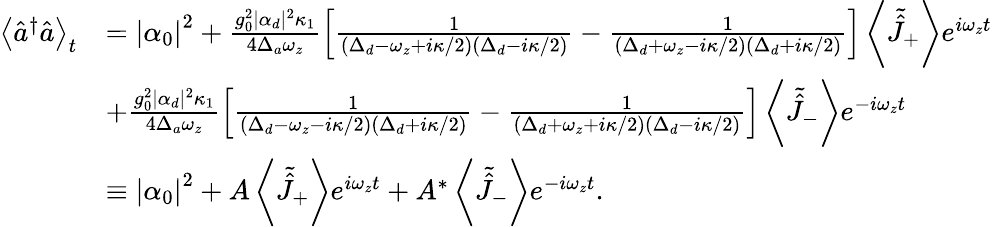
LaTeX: \begin{array}{rl}{\left\langle\hat{a}^{\dagger}\hat{a}\right\rangle_{t}}&{=\left|\alpha_{0}\right|^{2}+\frac{g_{0}^{2}|\alpha_{d}|^{2}\kappa_{1}}{4\Delta_{a}\omega_{z}}\left[\frac{1}{\left(\Delta_{d}-\omega_{z}+i\kappa/2\right)\left(\Delta_{d}-i\kappa/2\right)}-\frac{1}{\left(\Delta_{d}+\omega_{z}-i\kappa/2\right)\left(\Delta_{d}+i\kappa/2\right)}\right]\left\langle\tilde{\hat{J}}_{+}\right\rangle e^{i\omega_{z}t}}\\ &{+\frac{g_{0}^{2}|\alpha_{d}|^{2}\kappa_{1}}{4\Delta_{a}\omega_{z}}\left[\frac{1}{\left(\Delta_{d}-\omega_{z}-i\kappa/2\right)\left(\Delta_{d}+i\kappa/2\right)}-\frac{1}{\left(\Delta_{d}+\omega_{z}+i\kappa/2\right)\left(\Delta_{d}-i\kappa/2\right)}\right]\left\langle\tilde{\hat{J}}_{-}\right\rangle e^{-i\omega_{z}t}}\\ &{\equiv\left|\alpha_{0}\right|^{2}+A\left\langle\tilde{\hat{J}}_{+}\right\rangle e^{i\omega_{z}t}+A^{*}\left\langle\tilde{\hat{J}}_{-}\right\rangle e^{-i\omega_{z}t}.}\end{array}